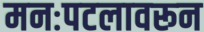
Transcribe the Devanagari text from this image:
मनःपटलावरून